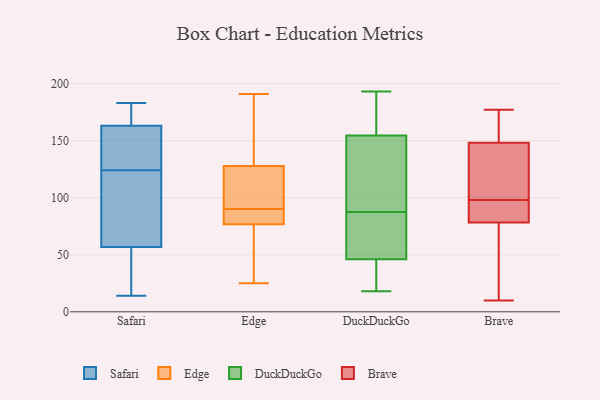
{"axis": {"x": "Production Output", "y": "Value"}, "legend": ["Brave", "DuckDuckGo", "Edge", "Safari"], "data": [{"x": "", "y": 56, "type": "Safari"}, {"x": "", "y": 57, "type": "Safari"}, {"x": "", "y": 93, "type": "Safari"}, {"x": "", "y": 26, "type": "Safari"}, {"x": "", "y": 159, "type": "Safari"}, {"x": "", "y": 14, "type": "Safari"}, {"x": "", "y": 126, "type": "Safari"}, {"x": "", "y": 178, "type": "Safari"}, {"x": "", "y": 150, "type": "Safari"}, {"x": "", "y": 124, "type": "Safari"}, {"x": "", "y": 175, "type": "Safari"}, {"x": "", "y": 77, "type": "Safari"}, {"x": "", "y": 183, "type": "Safari"}, {"x": "", "y": 48, "type": "Edge"}, {"x": "", "y": 108, "type": "Edge"}, {"x": "", "y": 129, "type": "Edge"}, {"x": "", "y": 82, "type": "Edge"}, {"x": "", "y": 137, "type": "Edge"}, {"x": "", "y": 90, "type": "Edge"}, {"x": "", "y": 124, "type": "Edge"}, {"x": "", "y": 25, "type": "Edge"}, {"x": "", "y": 75, "type": "Edge"}, {"x": "", "y": 191, "type": "Edge"}, {"x": "", "y": 84, "type": "Edge"}, {"x": "", "y": 38, "type": "DuckDuckGo"}, {"x": "", "y": 123, "type": "DuckDuckGo"}, {"x": "", "y": 155, "type": "DuckDuckGo"}, {"x": "", "y": 90, "type": "DuckDuckGo"}, {"x": "", "y": 18, "type": "DuckDuckGo"}, {"x": "", "y": 29, "type": "DuckDuckGo"}, {"x": "", "y": 151, "type": "DuckDuckGo"}, {"x": "", "y": 193, "type": "DuckDuckGo"}, {"x": "", "y": 85, "type": "DuckDuckGo"}, {"x": "", "y": 176, "type": "DuckDuckGo"}, {"x": "", "y": 30, "type": "DuckDuckGo"}, {"x": "", "y": 183, "type": "DuckDuckGo"}, {"x": "", "y": 55, "type": "DuckDuckGo"}, {"x": "", "y": 154, "type": "DuckDuckGo"}, {"x": "", "y": 81, "type": "DuckDuckGo"}, {"x": "", "y": 19, "type": "DuckDuckGo"}, {"x": "", "y": 162, "type": "DuckDuckGo"}, {"x": "", "y": 84, "type": "DuckDuckGo"}, {"x": "", "y": 150, "type": "DuckDuckGo"}, {"x": "", "y": 54, "type": "DuckDuckGo"}, {"x": "", "y": 88, "type": "Brave"}, {"x": "", "y": 98, "type": "Brave"}, {"x": "", "y": 177, "type": "Brave"}, {"x": "", "y": 140, "type": "Brave"}, {"x": "", "y": 86, "type": "Brave"}, {"x": "", "y": 78, "type": "Brave"}, {"x": "", "y": 79, "type": "Brave"}, {"x": "", "y": 170, "type": "Brave"}, {"x": "", "y": 151, "type": "Brave"}, {"x": "", "y": 111, "type": "Brave"}, {"x": "", "y": 10, "type": "Brave"}, {"x": "", "y": 113, "type": "Brave"}, {"x": "", "y": 33, "type": "Brave"}, {"x": "", "y": 152, "type": "Brave"}, {"x": "", "y": 67, "type": "Brave"}]}